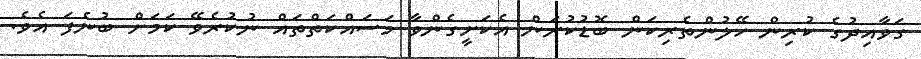
ގަވާއިދުގެ ކުރިން ހޭލުންތެރިކަން ބޮޑުކުރަން އެކަށީގެންވާ މަސައްކަތްތައް ނުކުރެވޭ ކަމަށް ބުނެފަ އެވެ.